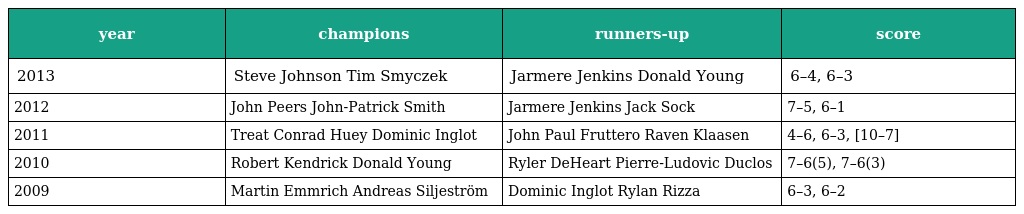
| year | champions | runners-up | score |
 | --- | --- | --- | --- |
 | 2013 | Steve Johnson Tim Smyczek | Jarmere Jenkins Donald Young | 6–4, 6–3 |
 | 2012 | John Peers John-Patrick Smith | Jarmere Jenkins Jack Sock | 7–5, 6–1 |
 | 2011 | Treat Conrad Huey Dominic Inglot | John Paul Fruttero Raven Klaasen | 4–6, 6–3, [10–7] |
 | 2010 | Robert Kendrick Donald Young | Ryler DeHeart Pierre-Ludovic Duclos | 7–6(5), 7–6(3) |
 | 2009 | Martin Emmrich Andreas Siljeström | Dominic Inglot Rylan Rizza | 6–3, 6–2 |